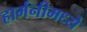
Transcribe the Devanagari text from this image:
हार्मनीमध्ये